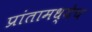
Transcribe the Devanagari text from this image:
प्रांतामध्येच